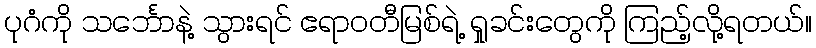
ပုဂံကို သင်္ဘောနဲ့ သွားရင် ဧရာဝတီမြစ်ရဲ့ ရှုခင်းတွေကို ကြည့်လို့ရတယ်။